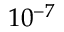
1 0 ^ { - 7 }